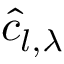
\hat { c } _ { l , \lambda }